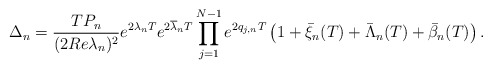
\begin{align*}\Delta_n=\frac{TP_n}{(2Re\lambda_n)^2}e^{2\lambda_nT}e^{2\overline{\lambda}_nT}\prod\limits_{j=1}^{N-1}e^{2q_{j,n}T}\left(1+\bar{\xi}_n(T)+\bar{\Lambda}_n(T)+\bar{\beta}_n(T)\right).\end{align*}